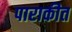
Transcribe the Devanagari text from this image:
पाराकीत